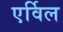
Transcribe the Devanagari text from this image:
एर्विल